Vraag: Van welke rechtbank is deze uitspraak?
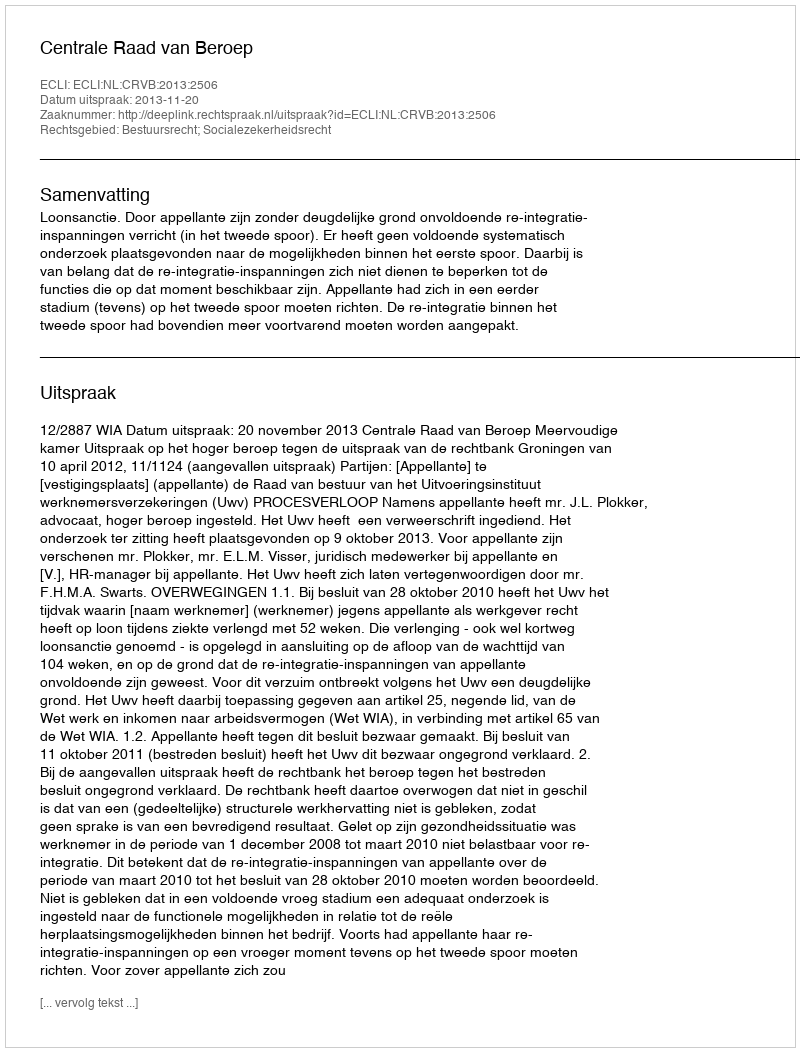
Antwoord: Centrale Raad van Beroep